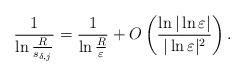
LaTeX: \begin{align*}\frac{1}{\ln\frac{R}{s_{\delta,j}}}=\frac{1}{\ln\frac{R}{\varepsilon}}+O\left( \frac{\ln|\ln\varepsilon|}{|\ln\varepsilon|^2}\right) .\end{align*}